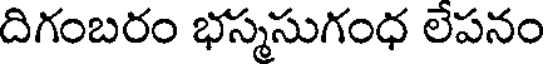
దిగంబరం భస్మసుగంధ లెపనం